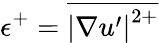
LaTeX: \epsilon^{+}=\overline{{\left|\nabla u^{\prime}\right|^{2+}}}